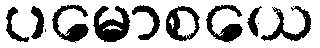
ပမောစယေ